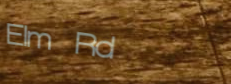
Elm Rd